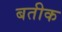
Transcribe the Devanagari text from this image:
बतीक